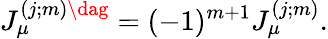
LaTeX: J_{\mu}^{(j;m)\dag}=(-1)^{m+1}J_{\mu}^{(j;m)}.